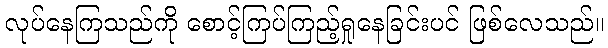
လုပ်နေကြသည်ကို စောင့်ကြပ်ကြည့်ရှုနေခြင်းပင် ဖြစ်လေသည်။